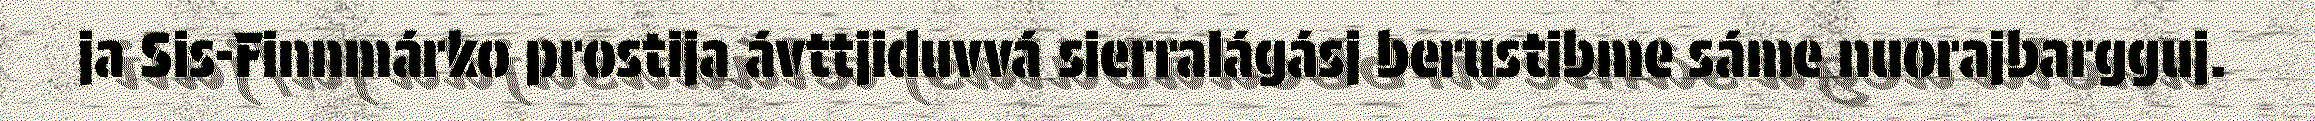
ja Sis-Finnmárko prostija ávttjiduvvá sierralágásj berustibme sáme nuorajbargguj.